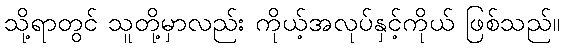
သို့ရာတွင် သူတို့မှာလည်း ကိုယ့်အလုပ်နှင့်ကိုယ် ဖြစ်သည်။